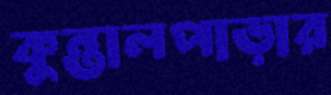
কুন্তালপাড়ার